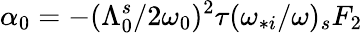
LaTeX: \alpha_{0}=-(\Lambda_{0}^{s}/2\omega_{0})^{2}\tau(\omega_{*i}/\omega)_{s}F_{2}